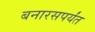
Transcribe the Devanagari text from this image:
बनारसपर्यंत